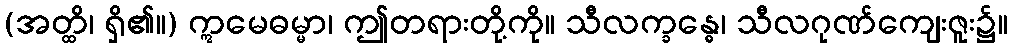
(အတ္ထိ၊ ရှိ၏။) ဣမေဓမ္မာ၊ ဤတရားတို့ကို။ သီလက္ခန္ဓေ၊ သီလဂုဏ်ကျေးဇူး၌။